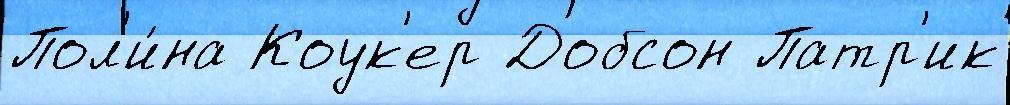
Пол'и́на Коук'ер Добсон Патр'ик